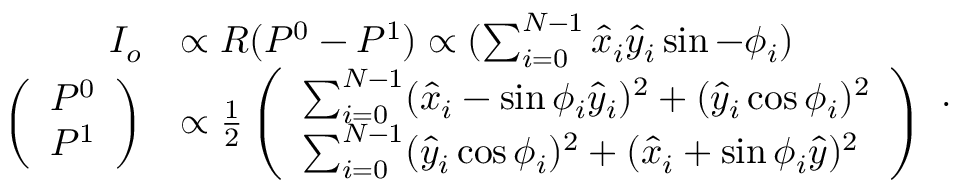
\begin{array} { r l } { I _ { o } } & { \propto R ( P ^ { 0 } - P ^ { 1 } ) \propto ( \sum _ { i = 0 } ^ { N - 1 } \hat { x } _ { i } \hat { y } _ { i } \sin - \phi _ { i } ) } \\ { \left( \begin{array} { l } { P ^ { 0 } } \\ { P ^ { 1 } } \end{array} \right) } & { \propto \frac { 1 } { 2 } \left( \begin{array} { l } { \sum _ { i = 0 } ^ { N - 1 } ( \hat { x } _ { i } - \sin \phi _ { i } \hat { y } _ { i } ) ^ { 2 } + ( \hat { y } _ { i } \cos \phi _ { i } ) ^ { 2 } } \\ { \sum _ { i = 0 } ^ { N - 1 } ( \hat { y } _ { i } \cos \phi _ { i } ) ^ { 2 } + ( \hat { x } _ { i } + \sin \phi _ { i } \hat { y } ) ^ { 2 } } \end{array} \right) } \end{array} .